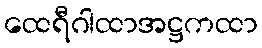
ထေရီဂါထာအဋ္ဌကထာ